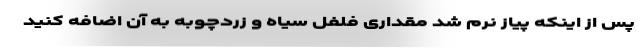
پس از اینکه پیاز نرم شد مقداری فلفل سیاه و زردچوبه به آن اضافه کنید